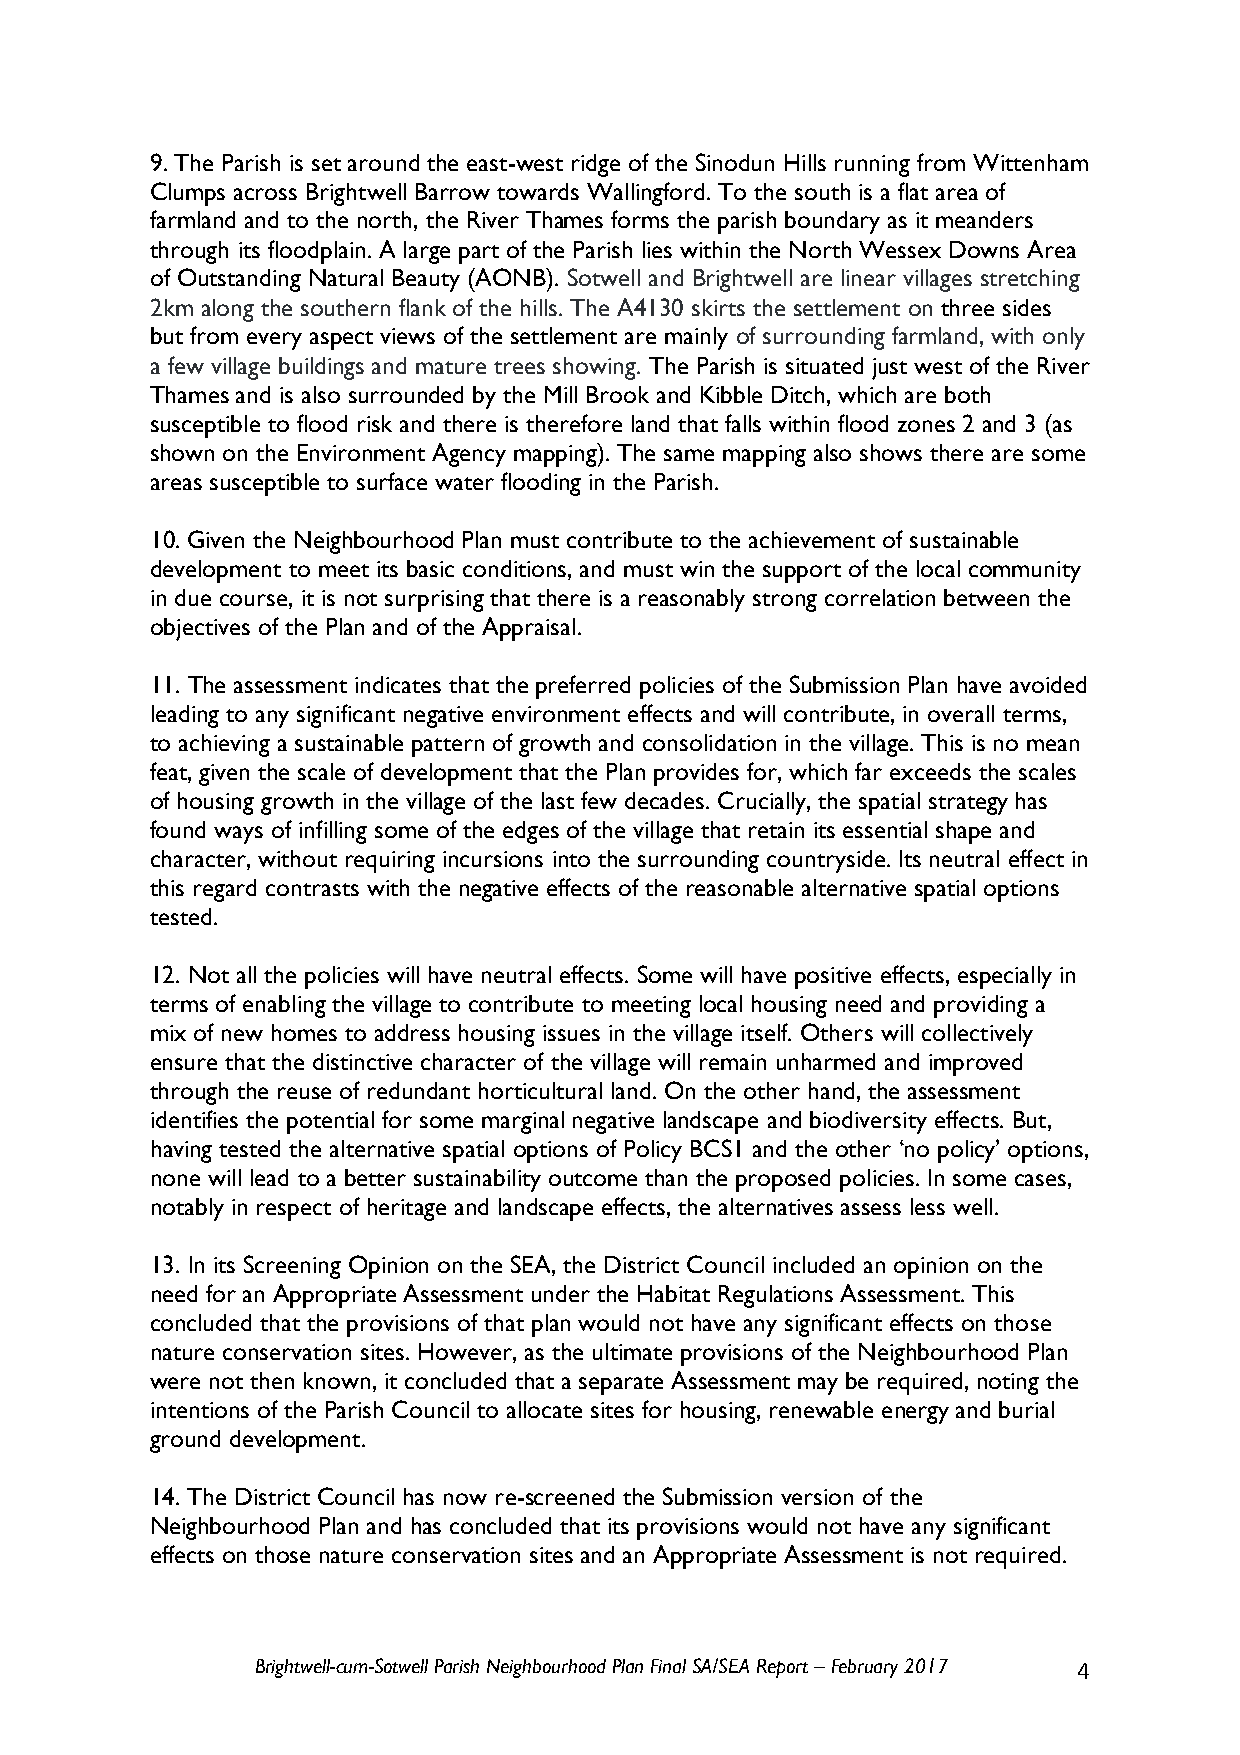
9. The Parish is set around the east-west ridge of the Sinodun Hills running from Wittenham
 Clumps across Brightwell Barrow towards Wallingford. To the south is a flat area of
 farmland and to the north, the River Thames forms the parish boundary as it meanders
 through its floodplain. A large part of the Parish lies within the North Wessex Downs Area
 of Outstanding Natural Beauty (AONB). Sotwell and Brightwell are linear villages stretching
 2km along the southern flank of the hills. The A4130 skirts the settlement on three sides
 but from every aspect views of the settlement are mainly of surrounding farmland, with only
 a few village buildings and mature trees showing. The Parish is situated just west of the River
 Thames and is also surrounded by the Mill Brook and Kibble Ditch, which are both
 susceptible to flood risk and there is therefore land that falls within flood zones 2 and 3 (as
 shown on the Environment Agency mapping). The same mapping also shows there are some
 areas susceptible to surface water flooding in the Parish.
 10. Given the Neighbourhood Plan must contribute to the achievement of sustainable
 development to meet its basic conditions, and must win the support of the local community
 in due course, it is not surprising that there is a reasonably strong correlation between the
 objectives of the Plan and of the Appraisal.
 11. The assessment indicates that the preferred policies of the Submission Plan have avoided
 leading to any significant negative environment effects and will contribute, in overall terms,
 to achieving a sustainable pattern of growth and consolidation in the village. This is no mean
 feat, given the scale of development that the Plan provides for, which far exceeds the scales
 of housing growth in the village of the last few decades. Crucially, the spatial strategy has
 found ways of infilling some of the edges of the village that retain its essential shape and
 character, without requiring incursions into the surrounding countryside. Its neutral effect in
 this regard contrasts with the negative effects of the reasonable alternative spatial options
 tested.
 12. Not all the policies will have neutral effects. Some will have positive effects, especially in
 terms of enabling the village to contribute to meeting local housing need and providing a
 mix of new homes to address housing issues in the village itself. Others will collectively
 ensure that the distinctive character of the village will remain unharmed and improved
 through the reuse of redundant horticultural land. On the other hand, the assessment
 identifies the potential for some marginal negative landscape and biodiversity effects. But,
 having tested the alternative spatial options of Policy BCS1 and the other ‘no policy’ options,
 none will lead to a better sustainability outcome than the proposed policies. In some cases,
 notably in respect of heritage and landscape effects, the alternatives assess less well.
 13. In its Screening Opinion on the SEA, the District Council included an opinion on the
 need for an Appropriate Assessment under the Habitat Regulations Assessment. This
 concluded that the provisions of that plan would not have any significant effects on those
 nature conservation sites. However, as the ultimate provisions of the Neighbourhood Plan
 were not then known, it concluded that a separate Assessment may be required, noting the
 intentions of the Parish Council to allocate sites for housing, renewable energy and burial
 ground development.
 14. The District Council has now re-screened the Submission version of the
 Neighbourhood Plan and has concluded that its provisions would not have any significant
 effects on those nature conservation sites and an Appropriate Assessment is not required.
 Brightwell-cum-Sotwell Parish Neighbourhood Plan Final SA/SEA Report – February 2017 4